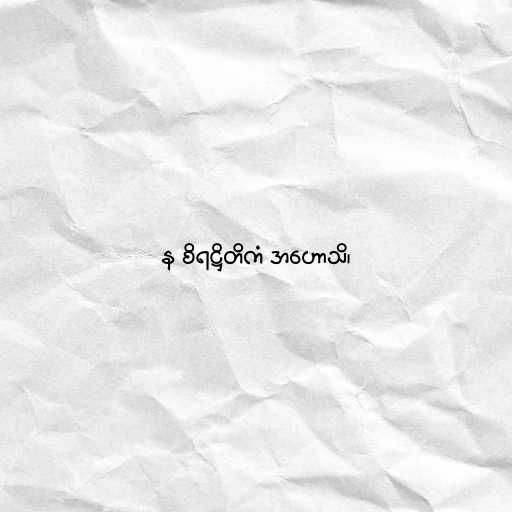
န စိရဋ္ဌိတိကံ အဟောသိ၊